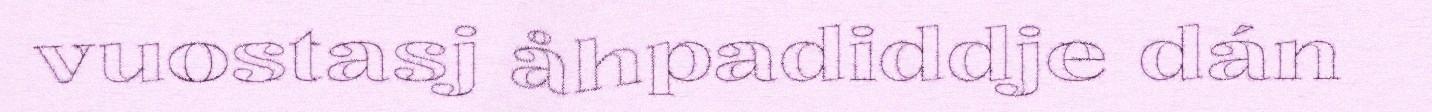
vuostasj åhpadiddje dán